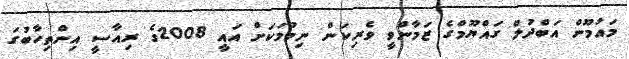
މައުމޫން އަބްދުލް ގައްޔޫމްގެ ޒަމާންވީ ވެރިކަން ނިމުމަކަށް އައީ 2008ގެ ރިއާސީ އިންތިހާބުގަ